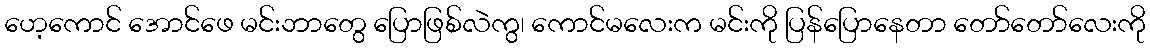
ဟေ့ကောင် အောင်ဖေ မင်းဘာတွေ ပြောဖြစ်လဲကွ၊ ကောင်မလေးက မင်းကို ပြန်ပြောနေတာ တော်တော်လေးကို